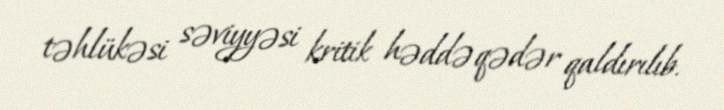
təhlükəsi səviyyəsi kritik həddə qədər qaldırılıb.